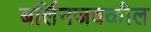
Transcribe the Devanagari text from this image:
बर्लिनजवळील